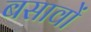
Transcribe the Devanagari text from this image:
बसावों